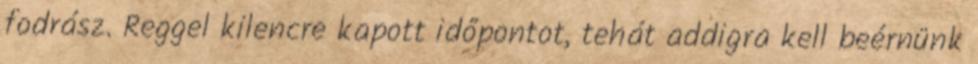
fodrász. Reggel kilencre kapott időpontot, tehát addigra kell beérnünk